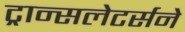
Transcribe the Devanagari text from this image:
ट्रान्सलेटर्सने